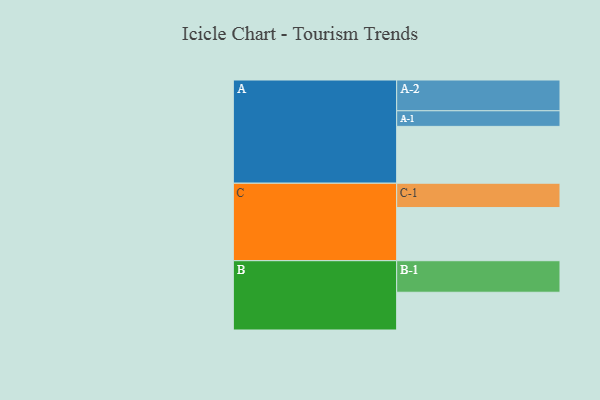
{"axis": {"x": "Segment", "y": "Value"}, "legend": ["", "A", "B", "C"], "data": [{"x": "A", "y": 521, "type": ""}, {"x": "B", "y": 346, "type": ""}, {"x": "C", "y": 487, "type": ""}, {"x": "A-1", "y": 143, "type": "A"}, {"x": "A-2", "y": 282, "type": "A"}, {"x": "B-1", "y": 289, "type": "B"}, {"x": "C-1", "y": 223, "type": "C"}]}